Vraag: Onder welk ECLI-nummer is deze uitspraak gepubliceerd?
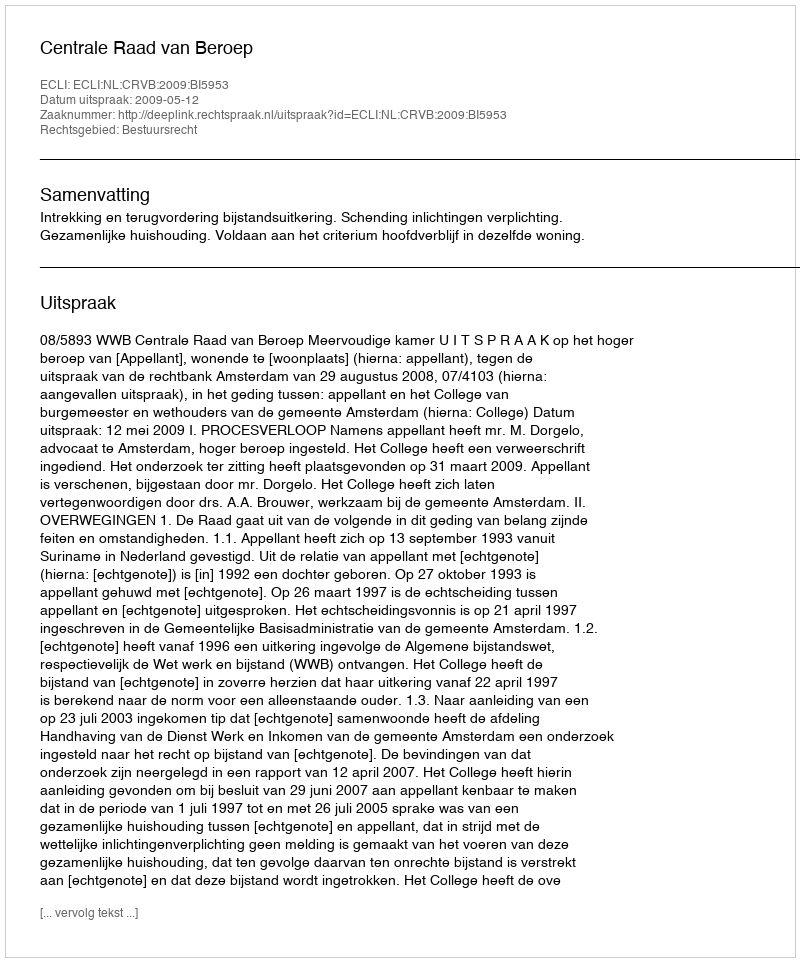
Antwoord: ECLI:NL:CRVB:2009:BI5953